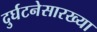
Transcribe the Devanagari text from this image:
दुर्घटनेसारख्या